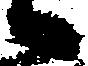
候